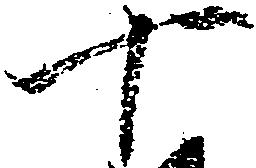
十